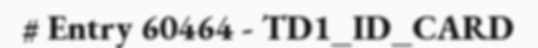
# Entry 60464 - TD1_ID_CARD